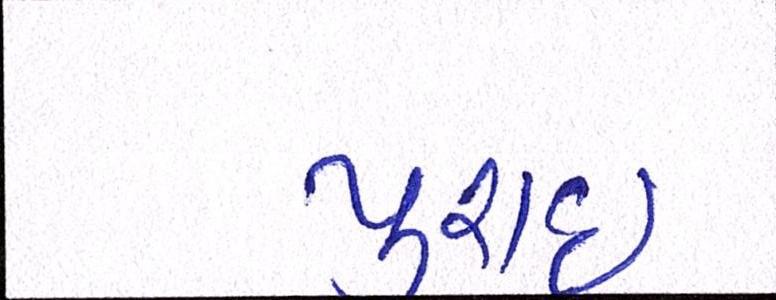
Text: પુરાઈ